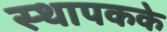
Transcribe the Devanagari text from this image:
स्थापकके